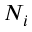
N _ { i }